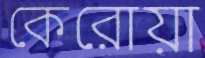
কেরোয়া